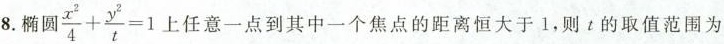
8.椭圆$$\frac{x^{2}}{4}+ \frac{y^{2}}{t}=1$$上任意一点到其中一个焦点的距离恒大于1，则t的取值范围为